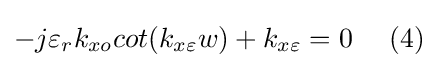
-j\varepsilon _{r}k_{xo}cot(k_{x\varepsilon }w)+k_{x\varepsilon }=0\ \ \ \ (4)